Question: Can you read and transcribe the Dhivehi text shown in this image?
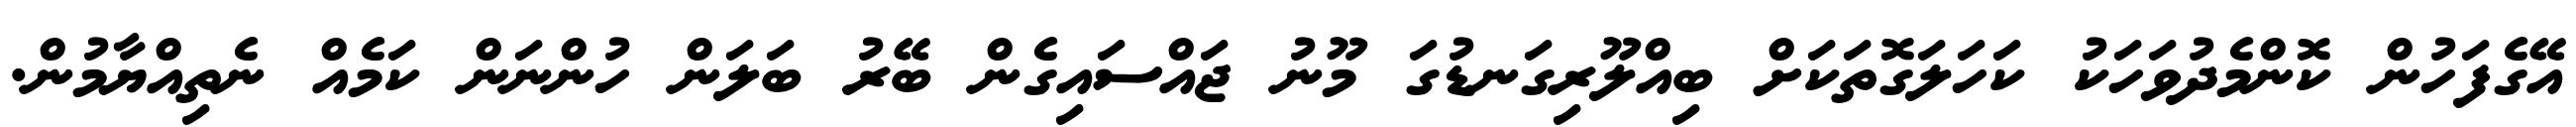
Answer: އޭގެފަހުން ކޮންމެދުވަހަކު ކަހަލަގޮތަކަށް ބިއްލޫރިގަނޑުގަ މޫނު ޖައްސައިގެން ބޭރު ބަލަން ހުންނަން ކަމެއް ނެތިއްޔާމުން.